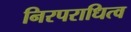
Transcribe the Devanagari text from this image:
निरपराधित्व